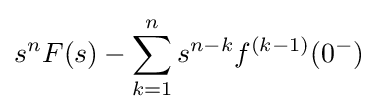
s^{n}F(s)-\sum _{k=1}^{n}s^{n-k}f^{(k-1)}(0^{-})\